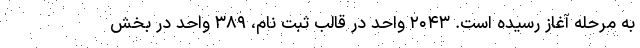
به مرحله آغاز رسیده است. ۲۰۴۳ واحد در قالب ثبت نام، ۳۸۹ واحد در بخش